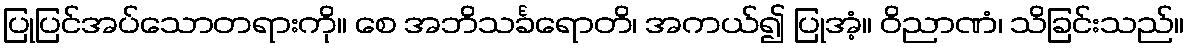
ပြုပြင်အပ်သောတရားကို။ စေ အဘိသင်္ခရောတိ၊ အကယ်၍ ပြုအံ့။ ဝိညာဏံ၊ သိခြင်းသည်။